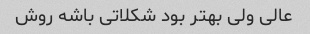
عالی ولی بهتر بود شکلاتی باشه روش